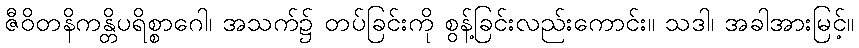
ဇီဝိတနိကန္တိပရိစ္စာဂေါ၊ အသက်၌ တပ်ခြင်းကို စွန့်ခြင်းလည်းကောင်း။ သဒါ၊ အခါအားမြင့်။